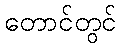
တောင်တွင်